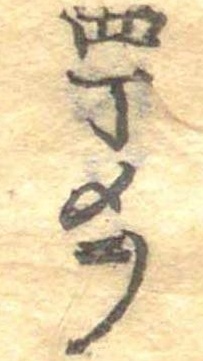
四丁メヲ